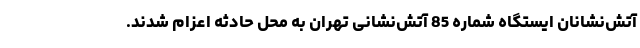
آتش‌نشانان ایستگاه شماره 85 آتش‌نشانی تهران به محل حادثه اعزام شدند.